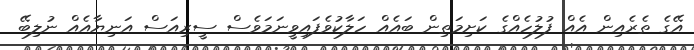
އޭގެ ތެރެއިން އެއް ފުލުހެއްގެ ކަށިމަތިން ބައެއް ހަލާކުވެފައިވީނަމަވެސް ސީރިއަސް އަނިޔާއެއް ނުލިބޭ